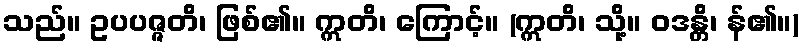
သည်။ ဥပပဇ္ဇတိ၊ ဖြစ်၏။ ဣတိ၊ ကြောင့်။ (ဣတိ၊ သို့။ ဝဒန္တိ၊ န်၏။)